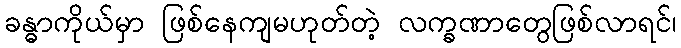
ခန္ဓာကိုယ်မှာ ဖြစ်နေကျမဟုတ်တဲ့ လက္ခဏာတွေဖြစ်လာရင်၊